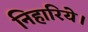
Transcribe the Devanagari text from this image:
निहारिये।